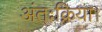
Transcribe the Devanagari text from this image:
अंतःक्रिया।